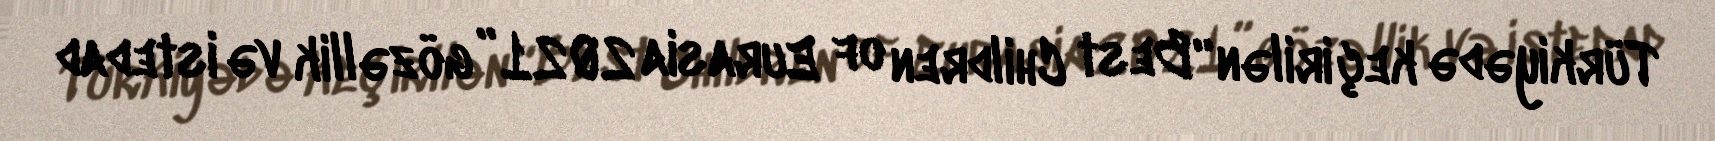
Türkiyədə keçirilən “Best Children of Eurasia 2021” gözəllik və istedad